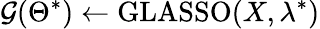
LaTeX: \mathcal{G}(\Theta^{*})\gets\mathrm{GLASSO}(X,\lambda^{*})